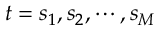
t = s _ { 1 } , s _ { 2 } , \cdots , s _ { M }